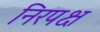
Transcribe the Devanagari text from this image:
निरपक्ष